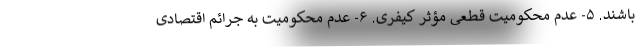
باشند. ۵- عدم محکومیت قطعی مؤثر کیفری. ۶- عدم محکومیت به جرائم اقتصادی